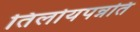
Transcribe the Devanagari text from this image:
तिलोयपन्नति